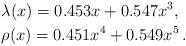
LaTeX: \begin{align*}&\lambda(x)=0.453x+0.547x^{3},\\&\rho(x)=0.451x^{4}+0.549x^{5}\,.\end{align*}